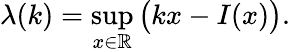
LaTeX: \lambda(k)=\operatorname*{sup}_{x\in\mathbb{R}}\big(kx-I(x)\big).